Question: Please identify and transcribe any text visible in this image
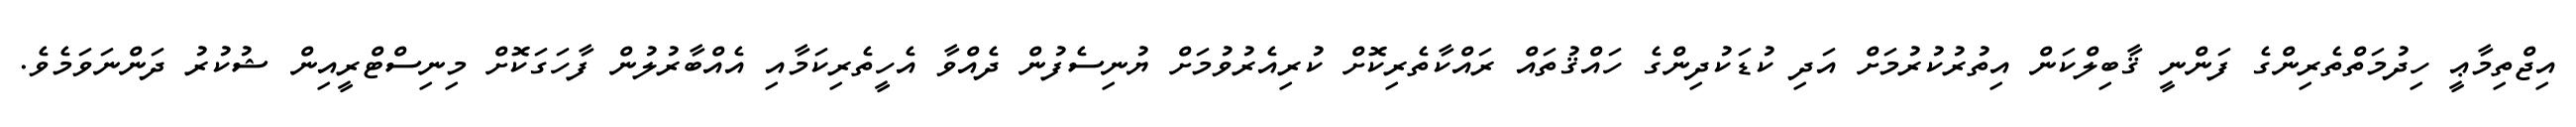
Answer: އިޖްތިމާޢީ ހިދުމަތްތެރިންގެ ފަންނީ ޤާބިލްކަން އިތުރުކުރުމަށް އަދި ކުޑަކުދިންގެ ހައްޤުތައް ރައްކާތެރިކޮށް ކުރިއެރުވުމަށް ޔުނިސެފުން ދެއްވާ އެހީތެރިކަމާއި އެއްބާރުލުން ފާހަގަކޮށް މިނިސްޓްރީއިން ޝުކުރު ދަންނަވަމެވެ.